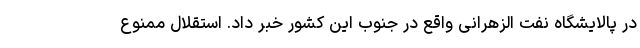
در پالایشگاه نفت الزهرانی واقع در جنوب این کشور خبر داد. استقلال ممنوع